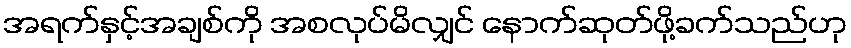
အရက်နှင့်အချစ်ကို အစလုပ်မိလျှင် နောက်ဆုတ်ဖို့ခက်သည်ဟု